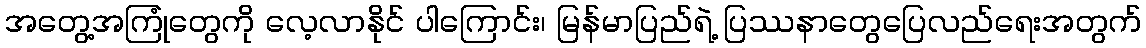
အတွေ့အကြုံတွေကို လေ့လာနိုင် ပါကြောင်း၊ မြန်မာပြည်ရဲ့ ပြဿနာတွေပြေလည်ရေးအတွက်